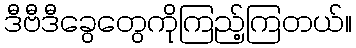
ဒီဗီဒီခွေတွေကိုကြည့်ကြတယ်။